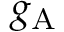
g _ { \mathrm { A } }